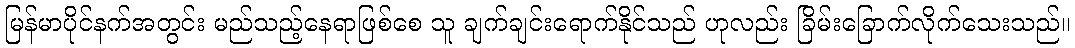
မြန်မာပိုင်နက်အတွင်း မည်သည့်နေရာဖြစ်စေ သူ ချက်ချင်းရောက်နိုင်သည် ဟုလည်း ခြိမ်းခြောက်လိုက်သေးသည်။